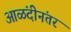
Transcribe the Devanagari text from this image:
आळंदीनंतर